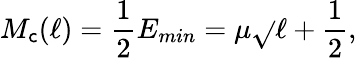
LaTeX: M_{\mathsf{c}}(\ell)=\frac{{1}}{{2}}E_{min}=\mu\sqrt{}{{\ell+\frac{{1}}{{2}}}},